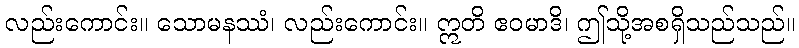
လည်းကောင်း။ သောမနဿံ၊ လည်းကောင်း။ ဣတိ ဧဝမာဒိ၊ ဤသို့အစရှိသည်သည်။